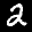
Label: 2